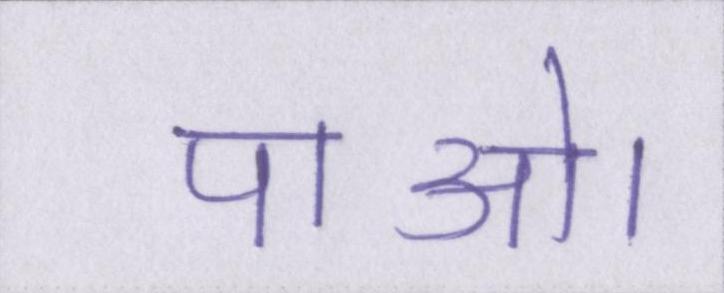
पाओ।